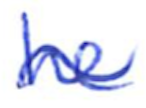
Text: he
Cross-out: wave
Writing tool: ballpoint